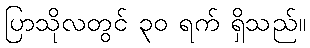
ပြာသိုလတွင် ၃၀ ရက် ရှိသည်။